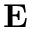
\mathbf { E }